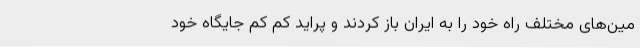
مین‌های مختلف راه خود را به ایران باز کردند و پراید کم کم جایگاه خود